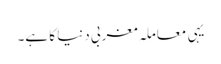
یہی معاملہ مغربی دنیا کا ہے۔